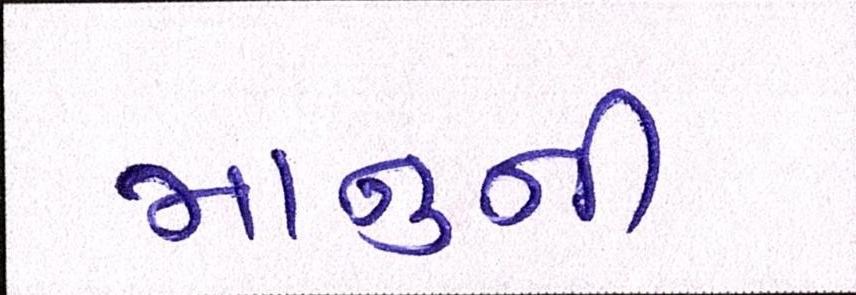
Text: માનુની